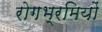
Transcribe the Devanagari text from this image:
रोगभ्रमियों